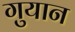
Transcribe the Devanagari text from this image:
गुयान